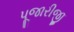
પૂજારીજી